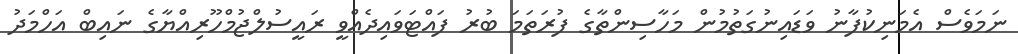
ނަމަވެސް އެމަނިކުފާނު ވަޑައިނުގަތުމުން މަހާސިންތާގެ ފުރަތަމަ ބުރު ފައްޓަވައިދެއްވީ ރައީސުލްޖުމްހޫރިއްޔާގެ ނައިބް އަހްމަދު